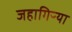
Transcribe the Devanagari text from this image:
जहागिऱ्या